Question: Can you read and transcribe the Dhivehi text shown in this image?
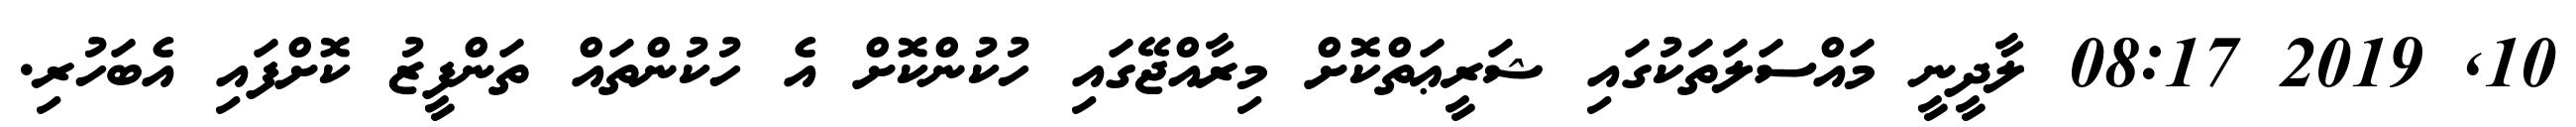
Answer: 10, 2019 08:17 ލާދީނީ މައްސަލަތަކުގައި ޝަރީޢަތްކޮށް މިރާއްޖޭގައި ހުކުންކޮށް އެ ހުކުންތައް ތަންފީޒު ކޮށްފައި އެބަހުރި.